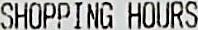
SHOPPING HOURS